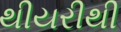
થીયરીથી